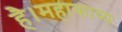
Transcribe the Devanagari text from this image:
है।महाकाव्य